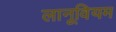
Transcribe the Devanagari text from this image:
लानूवियम